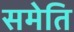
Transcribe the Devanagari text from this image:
समेति